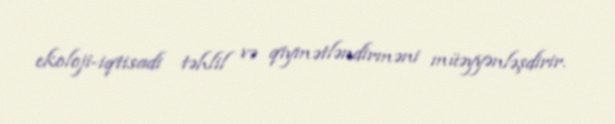
ekoloji-iqtisadi təhlil və qiymətləndirməni müəyyənləşdirir.